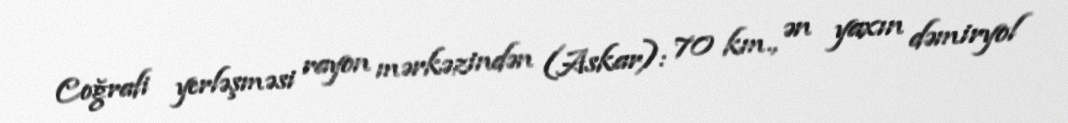
Coğrafi yerləşməsi rayon mərkəzindən (Askar): 70 km., ən yaxın dəmiryol